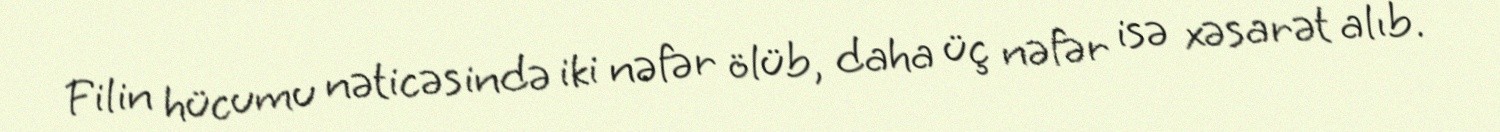
Filin hücumu nəticəsində iki nəfər ölüb, daha üç nəfər isə xəsarət alıb.